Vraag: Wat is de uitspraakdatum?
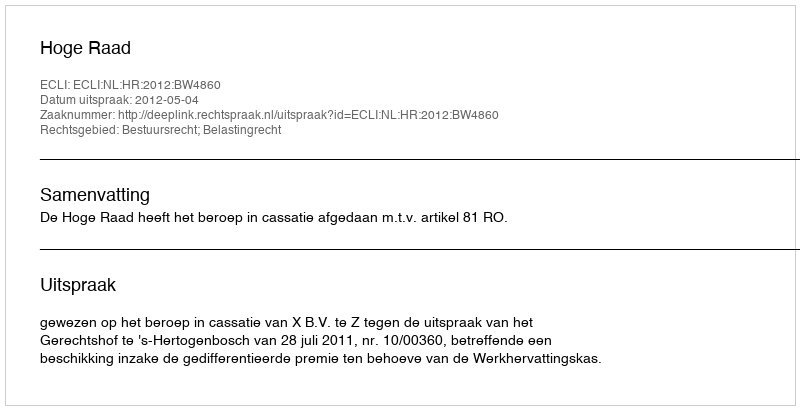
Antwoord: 2012-05-04